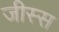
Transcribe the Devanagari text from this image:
जीस्स